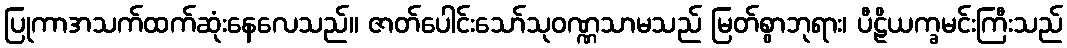
ပြုကာအသက်ထက်ဆုံးနေလေသည်။ ဇာတ်ပေါင်းသော်သုဝဏ္ဏသာမသည် မြတ်စွာဘုရား၊ ပီဠိယက္ခမင်းကြီးသည်